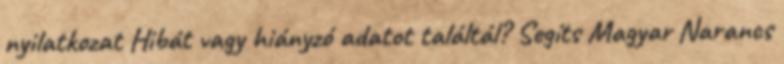
nyilatkozat Hibát vagy hiányzó adatot találtál? Segíts Magyar Narancs